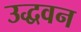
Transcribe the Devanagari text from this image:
उद्धवन